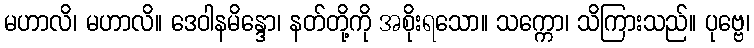
မဟာလိ၊ မဟာလိ။ ဒေဝါနမိန္ဒော၊ နတ်တို့ကို အစိုးရသော။ သက္ကော၊ သိကြားသည်။ ပုဗ္ဗေ၊